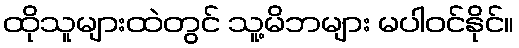
ထိုသူများထဲတွင် သူ့မိဘများ မပါဝင်နိုင်။